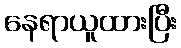
နေရာယူထားပြီး